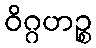
ဝိဂ္ဂဟဉ္စ